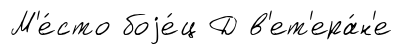
М'е́сто боjе́ц Д в'ет'ера́н'е